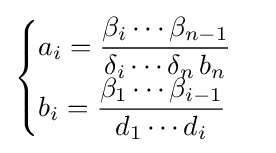
{\begin{cases}\displaystyle a_{i}={\frac {\beta _{i}\cdots \beta _{n-1}}{\delta _{i}\cdots \delta _{n}\,b_{n}}}\\\displaystyle b_{i}={\frac {\beta _{1}\cdots \beta _{i-1}}{d_{1}\cdots d_{i}}}\end{cases}}